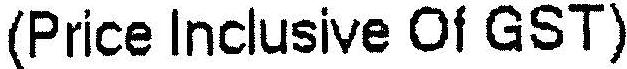
(PRICE INCLUSIVE OF GST)